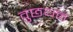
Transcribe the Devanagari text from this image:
वुछथन